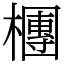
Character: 檲